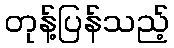
တုန့်ပြန်သည့်